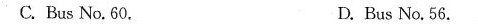
C. Bus No. 60. D. Bus No. 56.